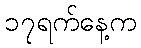
၁၇ရက်နေ့က